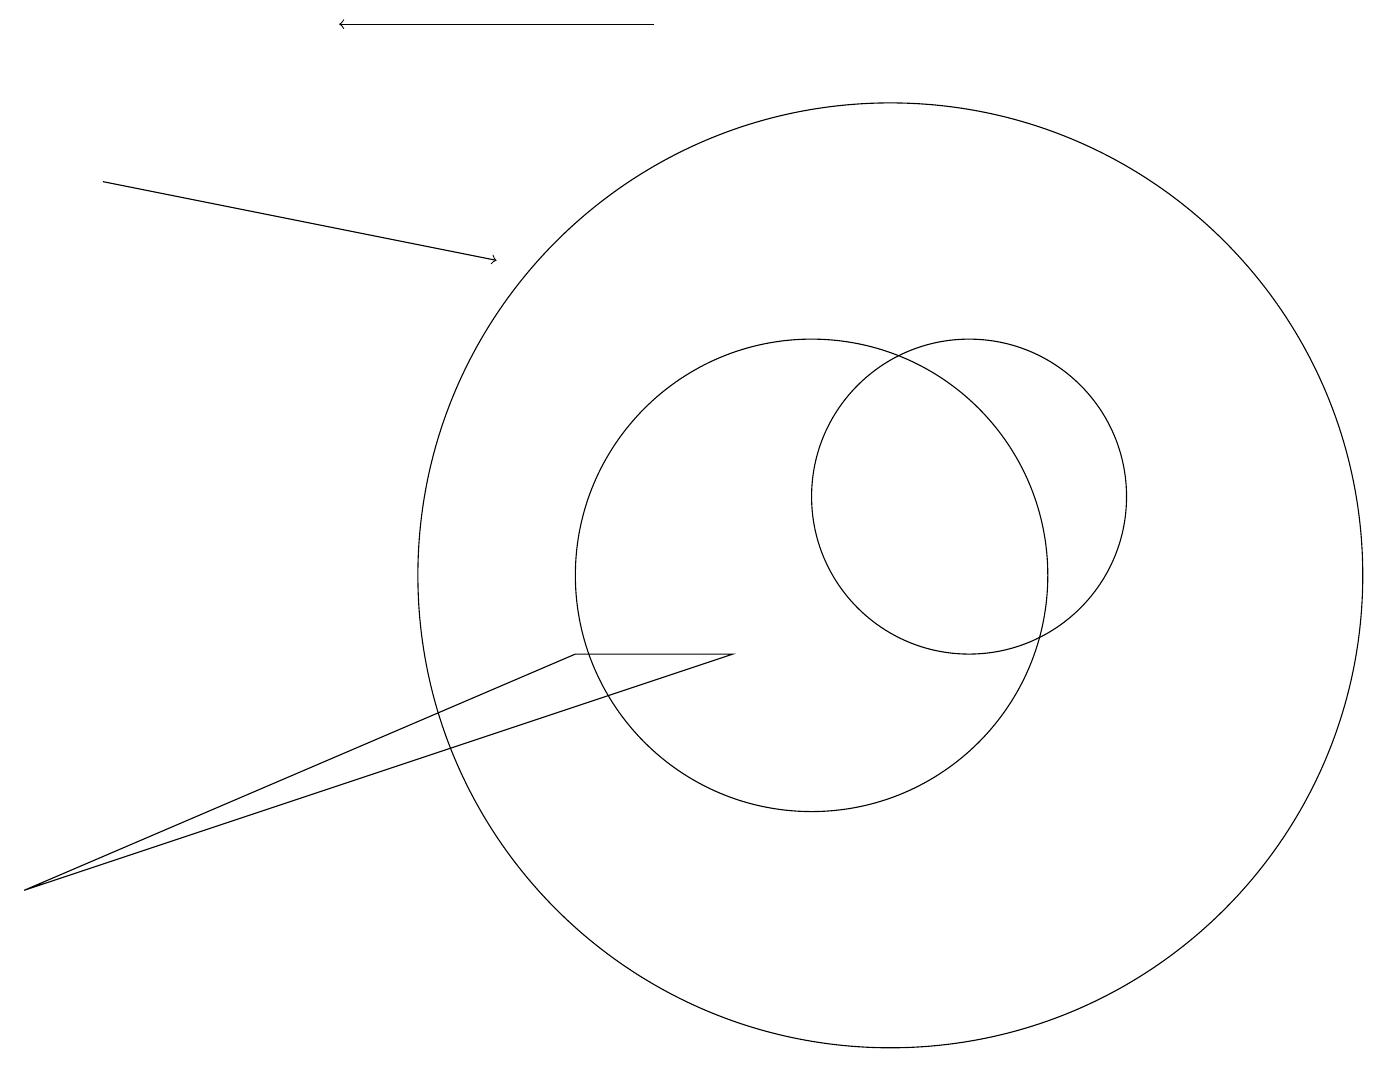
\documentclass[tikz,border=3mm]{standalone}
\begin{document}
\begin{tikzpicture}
\draw[->] (1,15) -- (6,14);
\draw (0,6) -- (9,9) -- (7,9) -- cycle;
\draw (12,11) circle (2);
\draw[->] (8,17) -- (4,17);
\draw (10,10) circle (3);
\draw (11,10) circle (6);
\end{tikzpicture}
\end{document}